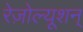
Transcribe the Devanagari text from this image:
रेज़ोल्यूशन्